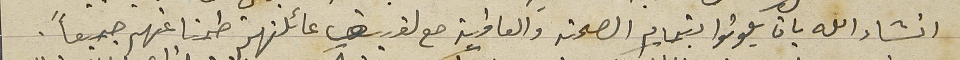
انشاء الله بان يكونوا بتمام الصحة والعافية مع لفيف عائلتهم طمنا عنهم جميعًا.